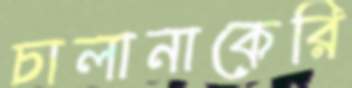
চালানাকেরি